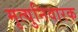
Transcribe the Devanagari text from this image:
मृत्युनिवारक